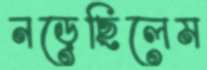
নড়েছিলেম